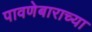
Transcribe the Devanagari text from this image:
पावणेबाराच्या